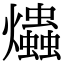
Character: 爞